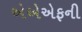
એએએફની